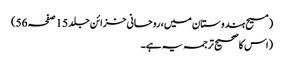
(مسیح ہندوستان میں، روحانی خزائن جلد 15 صفحہ 56)
(اس کا صحیح ترجمہ یہ ہے۔